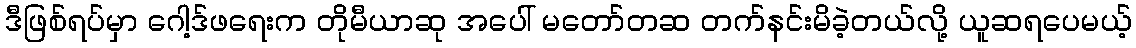
ဒီဖြစ်ရပ်မှာ ဂေါ့ဒ်ဖရေးက တိုမီယာဆု အပေါ် မတော်တဆ တက်နင်းမိခဲ့တယ်လို့ ယူဆရပေမယ့်